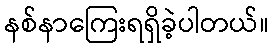
နစ်နာကြေးရရှိခဲ့ပါတယ်။